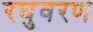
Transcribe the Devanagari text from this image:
रघुवरण